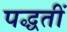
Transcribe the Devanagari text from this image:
पद्धतीं